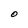
Character: O